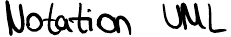
Notation UML